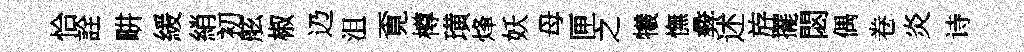
恰詮畊緩綃初舷椒辸沮覔樽璜烽妖母匣之犧憮彜述斿擺閟偶卷炎诗